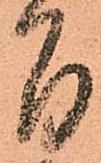
間